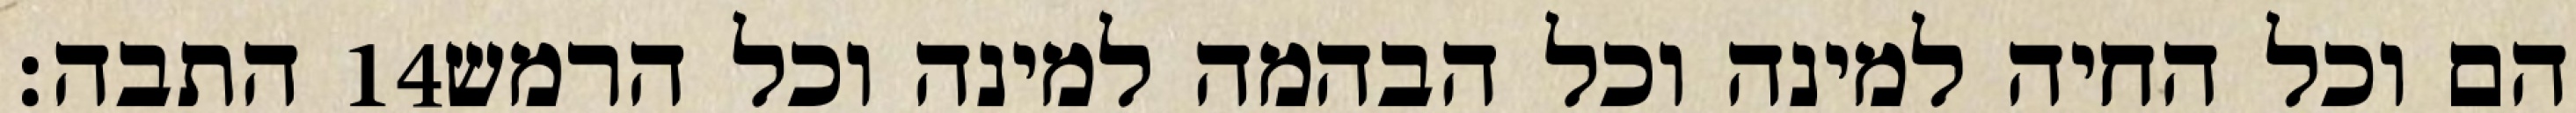
התבה׃ ‎14‏ הם וכל החיה למינה וכל הבהמה למינה וכל הרמש